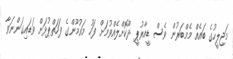
މަޖިލީހުގެ ބައެއް މެމްބަރުން ވެސް ޑީއާރުޕީ ދޫކޮށްލެއްވުމަށް ފަހު މައުމޫންގެ ފަހަތްޕުޅަށް ވަޑައިގަންނަވާ